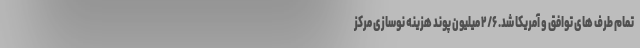
تمام طرف های توافق و آمریکا شد. ۲/۶ میلیون پوند هزینه نوسازی مرکز